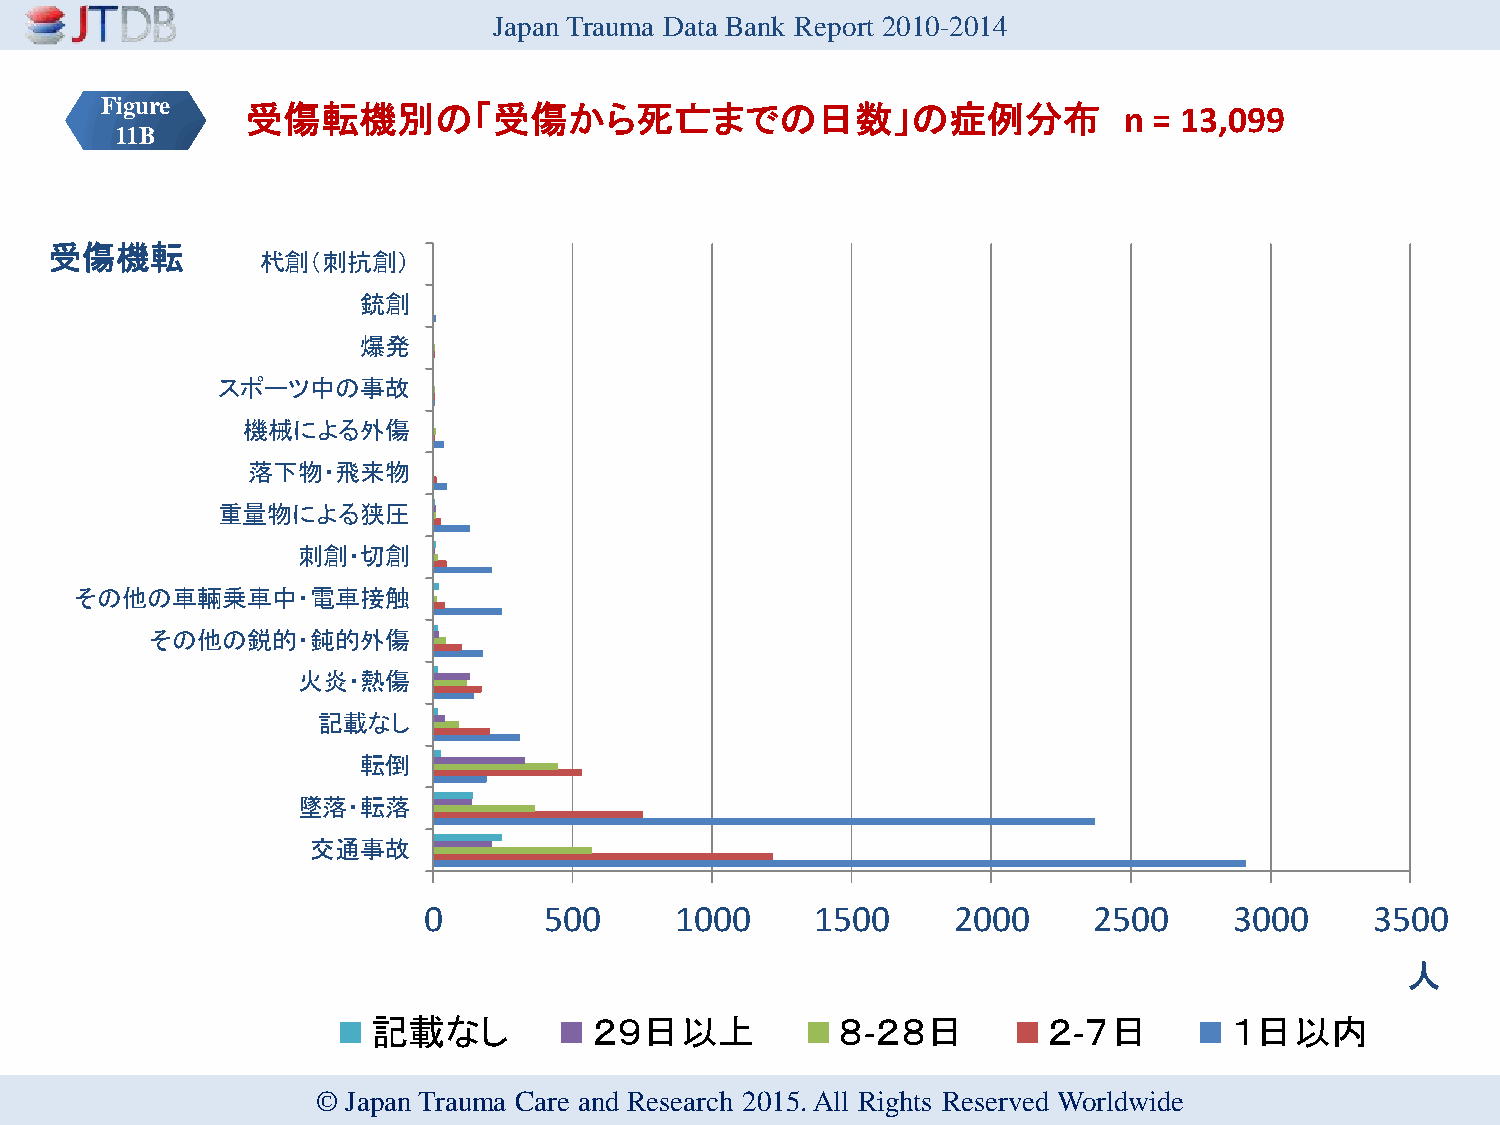
Japan Trauma Data Bank Report 2010-2014
 Figure   受傷転機別の「受傷から死亡までの日数」の症例分布                                  n = 13,099
 11B
 受傷機転
 杙創（刺抗創）
 銃創
 爆発
 スポーツ中の事故
 機械による外傷
 落下物・飛来物
 重量物による狭圧
 刺創・切創
 その他の車輛乗車中・電車接触
 その他の鋭的・鈍的外傷
 火炎・熱傷
 記載なし
 転倒
 墜落・転落
 交通事故
 0       500      1000     1500     2000     2500      3000     3500
 人
 記載なし          ２９日以上            ８-２８日        ２-７日        １日以内
 © Japan Trauma Care and Research 2015. All Rights Reserved Worldwide